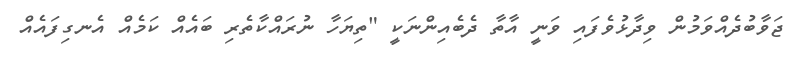
ޖަވާބުދެއްވަމުން ވިދާޅުވެފައި ވަނީ އާތާ ދެބެއިންނަކީ "ތިޔަހާ ނުރައްކާތެރި ބައެއް ކަމެއް އެނގިފައެއް